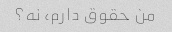
من حقوق دارم، نه؟